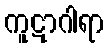
ကူဋာဂါရာ